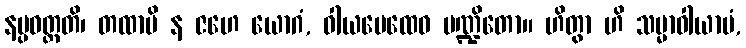
နပ္ပဝတ္တတိ၊ တထာပိ န ဇဟေ ယောဂံ, ဝါယမေထေဝ ပဏ္ဍိတော။ ဟိတွာ ဟိ သမ္မာဝါယာမံ,